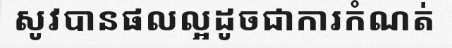
សូវបានផលល្អដូចជាការកំណត់